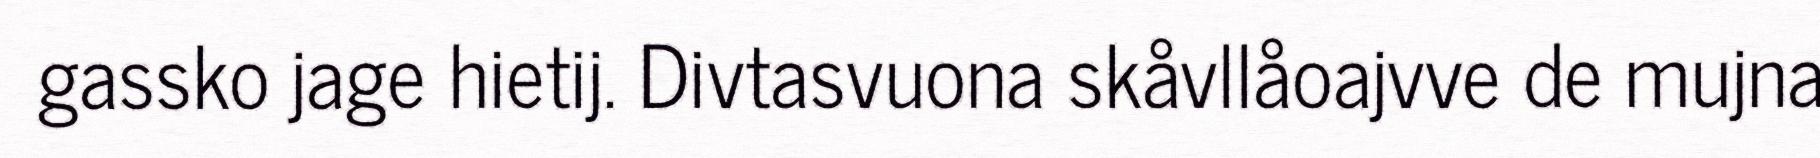
gassko jage hietij. Divtasvuona skåvllåoajvve de mujna